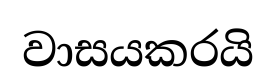
වාසයකරයි